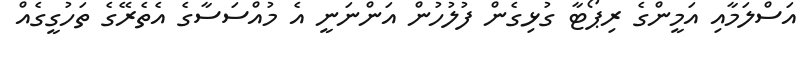
އަސްލަމާއި އަމީންގެ ރިޕޯޓާ ގުޅިގެން ފުލުހުން އަންނަނީ އެ މުއްސަސާގެ އެތެރޭގެ ތަހުގީގެއް